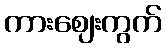
ကားဈေးကွက်